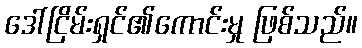
ဒေါ်ငြိမ်းရှင်၏ကောင်းမှု ဖြစ်သည်။